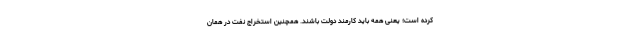
کرده است؛ یعنی همه باید کارمند دولت باشند. همچنین استخراج نفت در همان